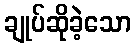
ချုပ်ဆိုခဲ့သော